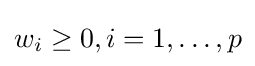
w_{i}\geq 0,i=1,\ldots ,p